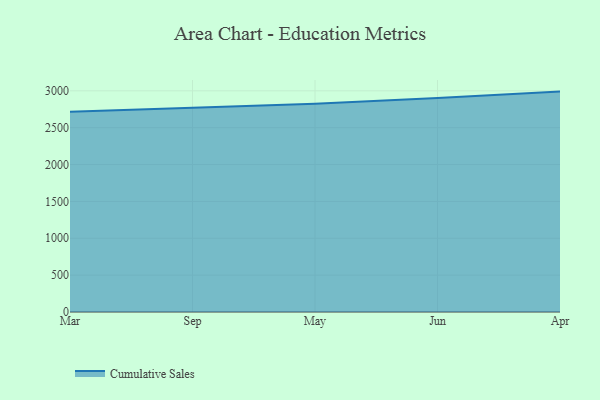
{"axis": {"x": "Month", "y": "Tickets Resolved"}, "legend": ["Cumulative Sales"], "data": [{"x": "Mar", "y": 2717.2, "type": "Cumulative Sales"}, {"x": "Sep", "y": 2772.0, "type": "Cumulative Sales"}, {"x": "May", "y": 2826.3, "type": "Cumulative Sales"}, {"x": "Jun", "y": 2903.0, "type": "Cumulative Sales"}, {"x": "Apr", "y": 2989.6, "type": "Cumulative Sales"}]}